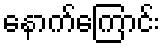
နောက်ကြောင်း